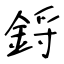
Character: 鋝